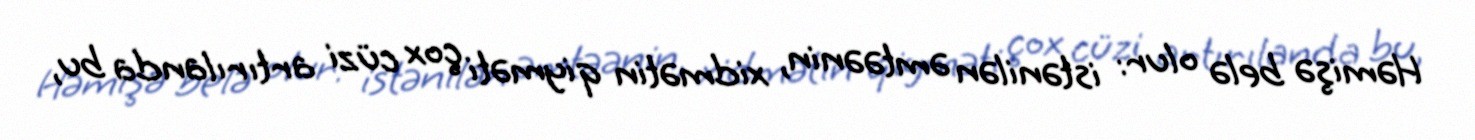
Həmişə belə olur: istənilən əmtəənin, xidmətin qiyməti çox cüzi artırılanda bu,